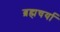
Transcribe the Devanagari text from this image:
ब्रह्मचर्या